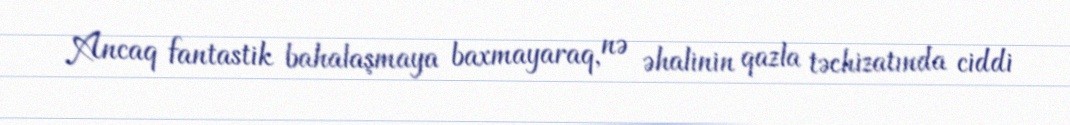
Ancaq fantastik bahalaşmaya baxmayaraq, nə əhalinin qazla təchizatında ciddi